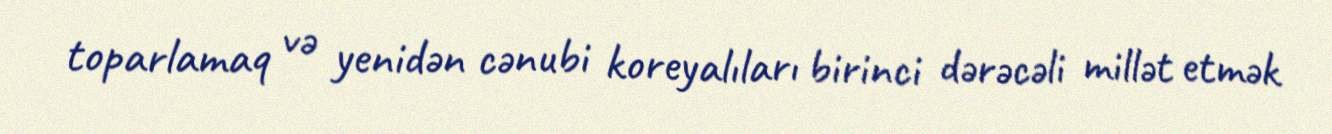
toparlamaq və yenidən cənubi koreyalıları birinci dərəcəli millət etmək